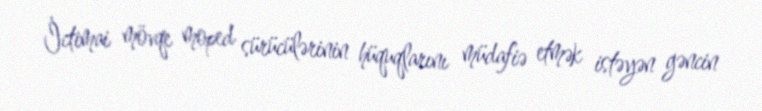
İctimai mövqe moped sürücülərinin hüquqlarını müdafiə etmək istəyən gəncin